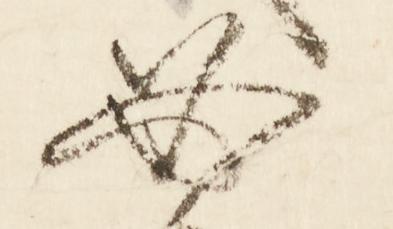
必